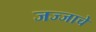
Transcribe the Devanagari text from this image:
जज्जाचे